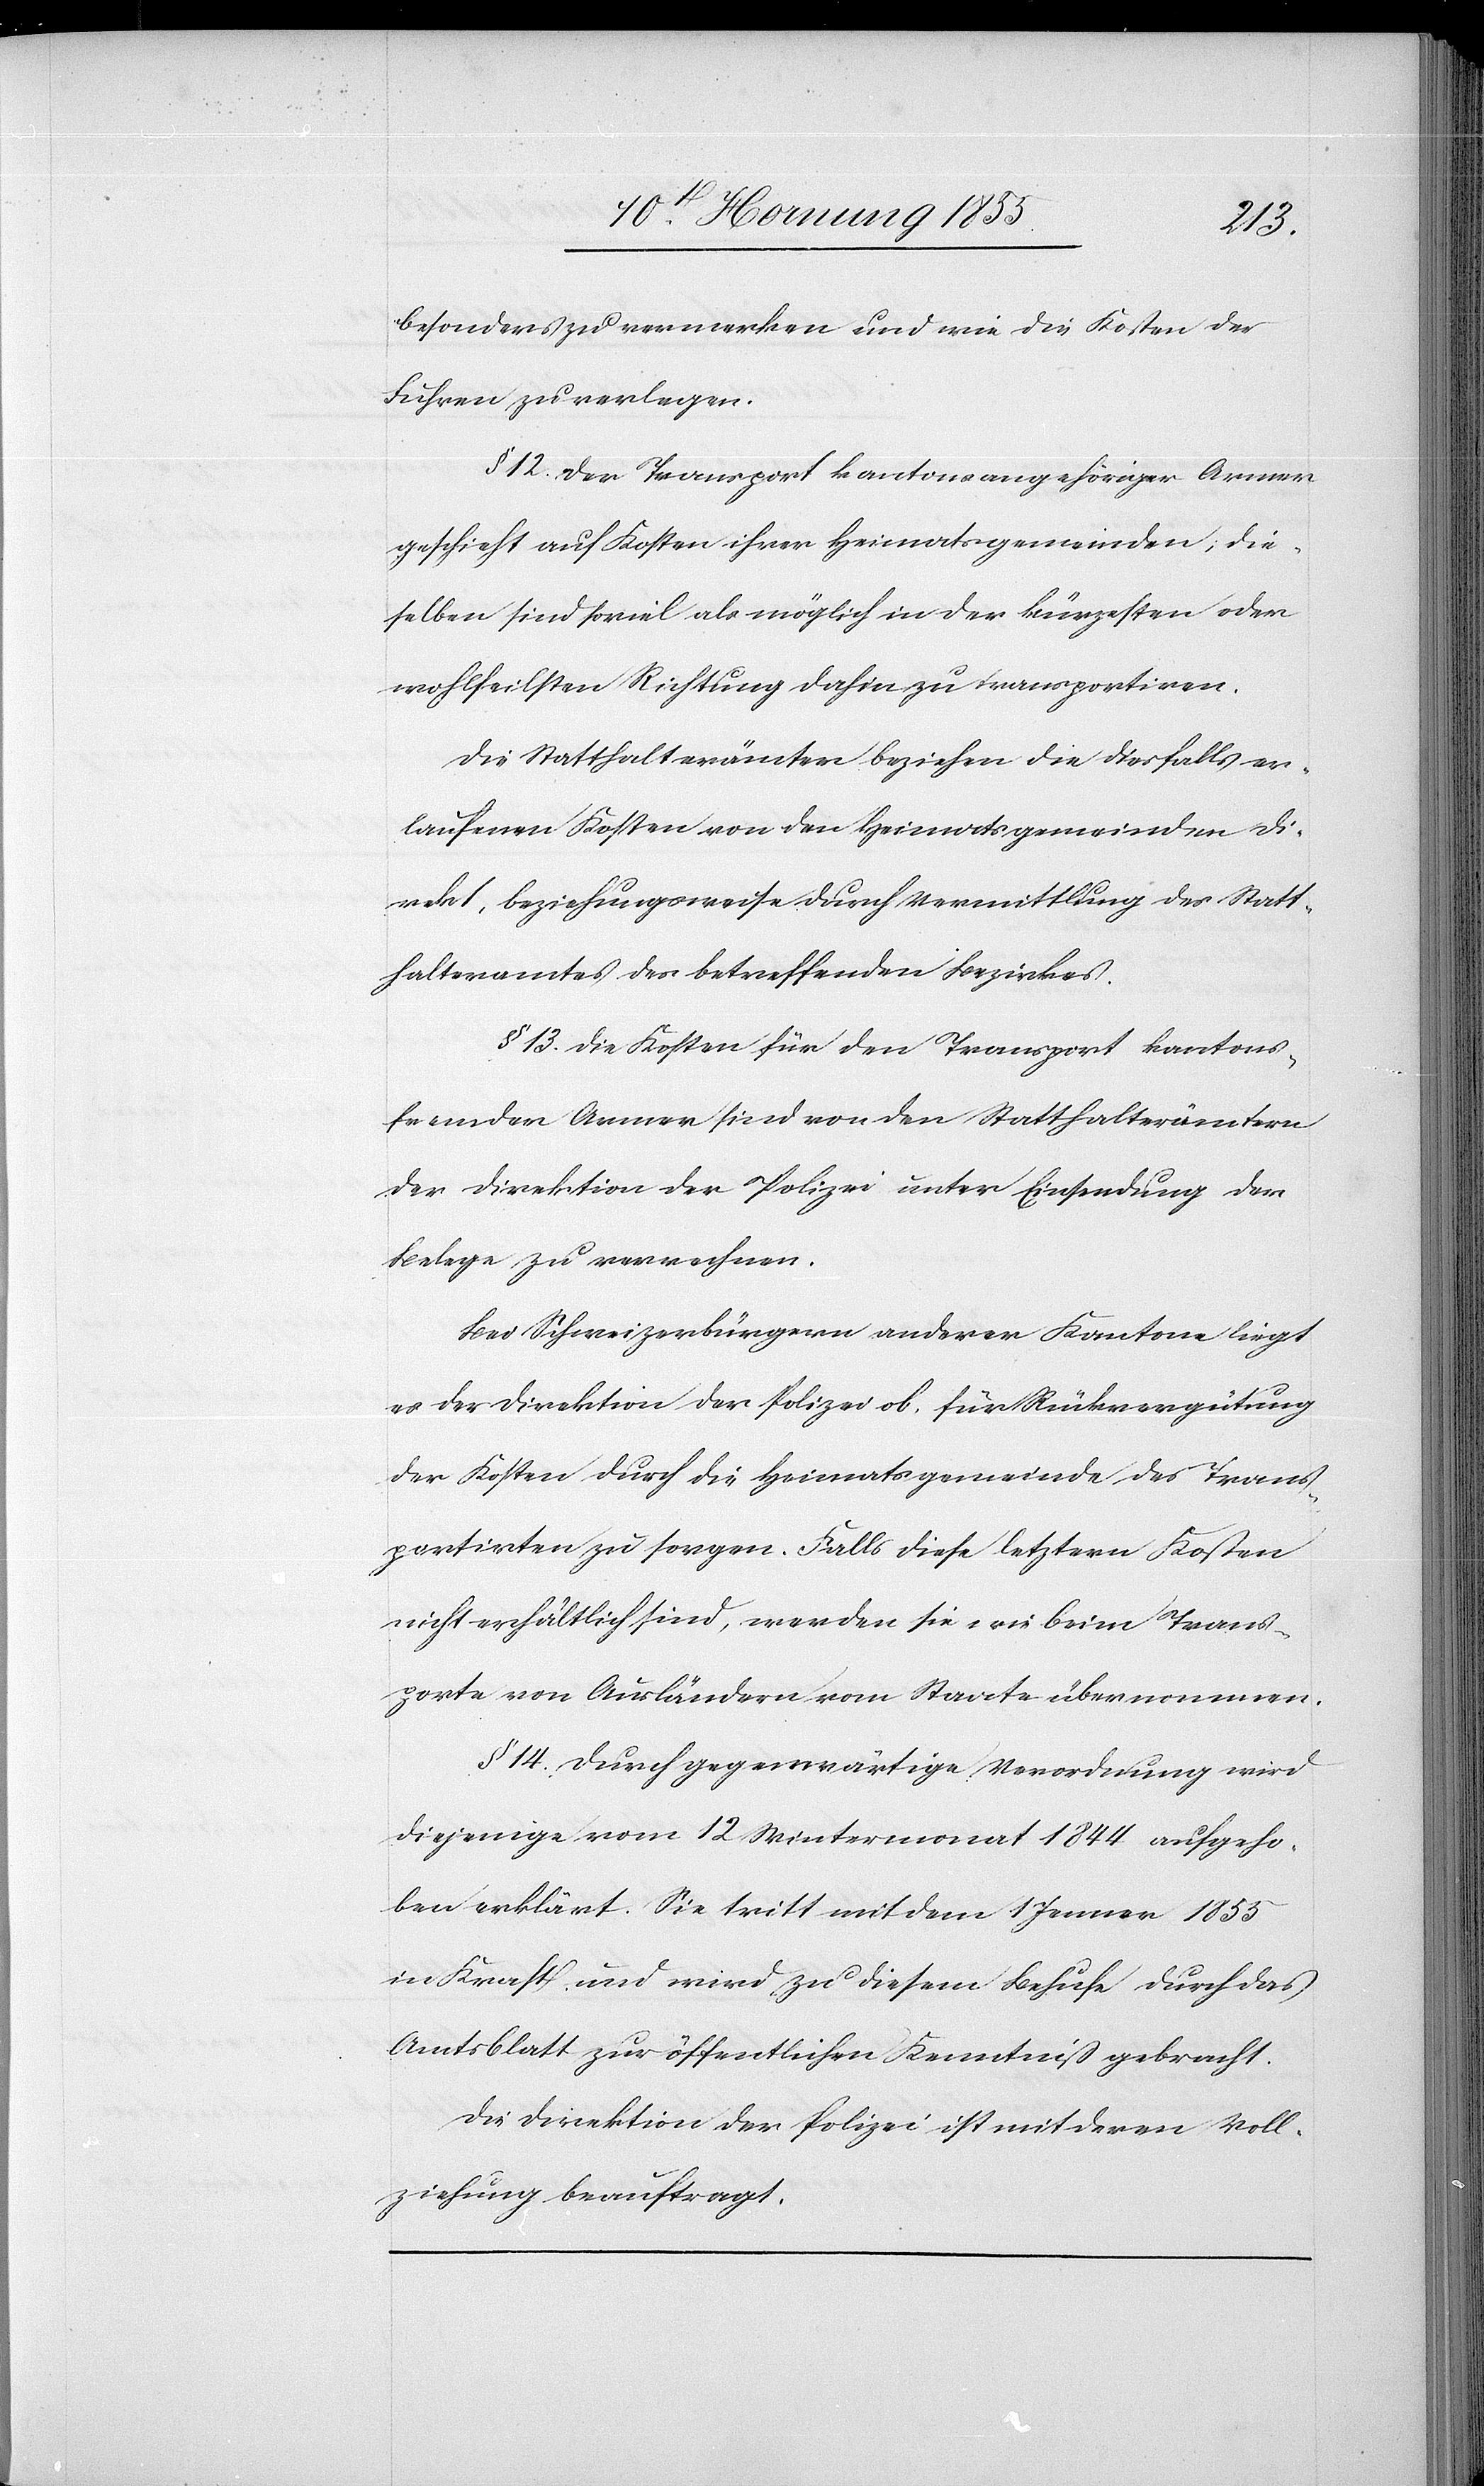
besonders zu vermerken und wie die Kosten der
Fuhren zu verlegen.
§ 12 Der Transport kantonsangehöriger Armer
geschieht auf Kosten ihrer Heimatsgemeinden; die¬
selben sind soviel als möglich in der kürzesten oder
wohlfeilsten Richtung dahin zu transportiren.
Die Statthalterämter beziehen die diesfalls er¬
laufenen Kosten von den Heimatsgemeinden di¬
rekt, beziehungsweise durch Vermittlung des Statt¬
halteramtes des betreffenden Bezirkes.
§ 13. Die Kosten für den Transport kantons¬
fremder Armen sind von den Statthalterämtern
der Direktion der Polizei unter Einsendung der
Belege zu verrechnen.
Bei Schweizerbürgern anderer Kantone liegt
es der Direktion der Polizei ob, für Rückvergütung
der Kosten durch die Heimatsgemeinde des Trans¬
portirten zu sorgen. Falls diese letztern Kosten
nicht erhältlich sind, werden sie wie beim Trans¬
porte von Ausländern vom Staate übernommen.
§ 14. Durch gegenwärtige Verordnung wird
diejenige vom 12 Wintermonat 1844 aufgeho¬
ben erklärt. Sie tritt mit dem 1 Jenner 1855
in Kraft und wird zu diesem Behufe durch das
Amtsblatt zur öffentlichen Kenntniß gebracht.
Die Direktion der Polizei ist mit deren Voll¬
ziehung beauftragt.